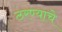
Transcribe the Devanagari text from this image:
ठरण्याचे